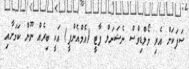
ސަފަކަށް އެރި މޯލްޑިވްސް ނެޝަނަލް ޕާޓީ (އެމްއެންޕީ) އަކީ ބިރެއް ނޫން ކަމަށާއި